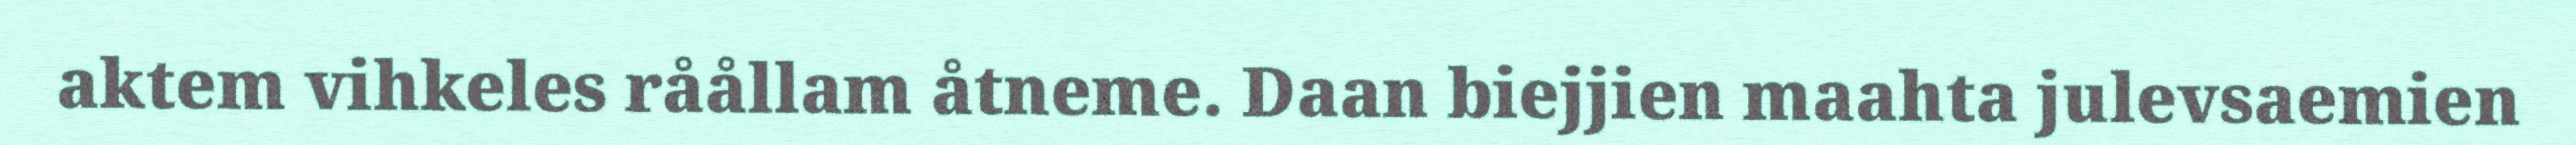
aktem vihkeles råållam åtneme. Daan biejjien maahta julevsaemien